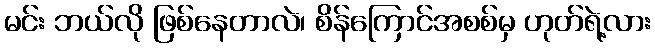
မင်း ဘယ်လို ဖြစ်နေတာလဲ၊ စိန်ကြောင်အစစ်မှ ဟုတ်ရဲ့လား